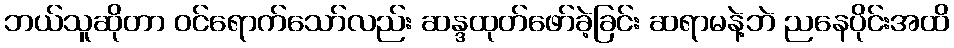
ဘယ်သူဆိုတာ ဝင်ရောက်သော်လည်း ဆန္ဒထုတ်ဖော်ခဲ့ခြင်း ဆရာမနဲ့ဘဲ ညနေပိုင်းအထိ